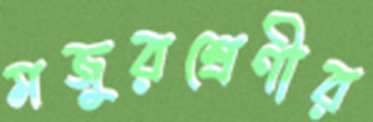
মজুরশ্রেণীর